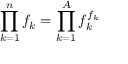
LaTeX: \prod _ { k = 1 } ^ { n } f _ { k } = \prod _ { k = 1 } ^ { A } f _ { k } ^ { f _ { k } }